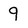
Character: 9